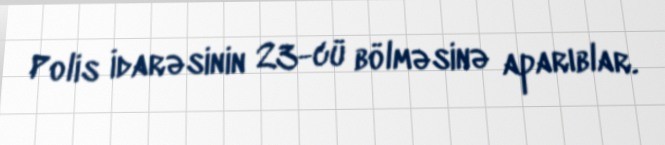
Polis İdarəsinin 23-cü bölməsinə aparıblar.